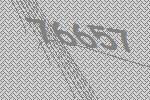
76657